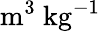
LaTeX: \mathrm{m^{3}~kg^{-1}}